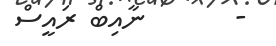
-       ނާއިބް ރައީސް